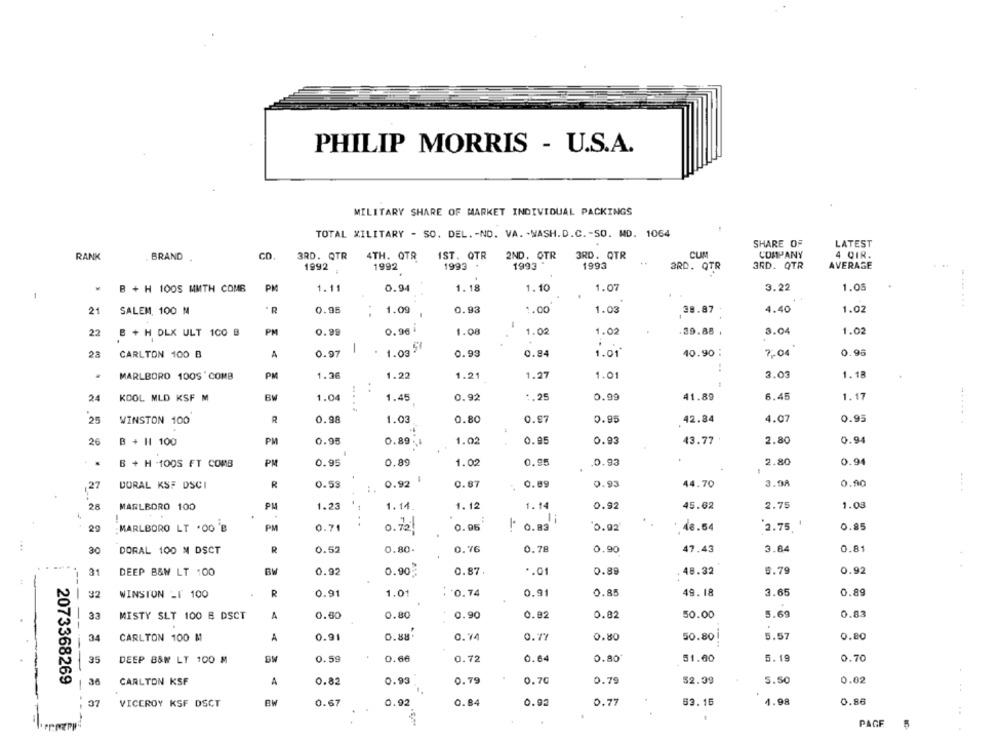
PHILIP MORRIS - U.S.A.
MILITARY SHARE OF MARKET INDIVIDUAL PACKINGS
TOTAL MILITARY - SO. DEL. - NO. VA. - WASH.D.C .- SO. MD. 1064
SHARE OF
LATEST
CUM
RANK
BRAND .
GD
3RD. QTR
4TH. QTR
IST. QTR
2ND. OTR
3RD. QTR
COMPANY
4 DIR.
1992
1993 +
1993
1993
3RD. QTR
3RD. QTR
AVERAGE
1992 ;
B + H 1005 MMTH COMB
PM
1.11
0.94
1.18
1.10
1.07
3.22
1.05
-
21
SALEM, 100 M
0.95
1.09
0.93
1.00
1.03
38.87
4.40
1.02
22
B + H DLX ULT 100 B
PM
0.99
0.96 i
1.08
1.02
1.02
.39.88 .
3.04
1.02
1.035
23
CARLTON 100 B
A
0.97 |
0.93
0.84
1.01
40.90 :
8.00
0.96
.
MARLBORO 100S'COMB
PM
1.36
1.22
1.21
1.27
1.01
3.03
1.18
24
KOOL MLD KSF M
1.04
1.45
0.92
:, 25
0.99
41.89
6.45
1.17
.....
......
25
WINSTON 100
R
0.98
1.03
0.80
0.97
0.95
42.84
4.07
0.95
26
B + H1 100
PM
0.95
0.89
1.02
0.95
0.93
43.77
2.80
0.94
0.93
B + H -100S FT COMB
PM
0.95
0.89
1.02
0.95
2.80
0.94
0.92
44.70
3.98
0.90
27
DORAL KSF DSCI
R
0.59
:.
0.87
0.89
0.93
28
PM
45.62
2.75
MARLBORO 100
1.23
1.14
1.12
1.14
0.92
1.08
20
PM
0.71
..
0.95
!' 0.83
0.92
. 46.54
2.75. '
0.85
MARLBORO LT .00 'B
0.72
30
DORAL 100 M DSCT
R
0.52
0.80.
0.76
0.78
0.90
47.43
3.84
0.81
31
DEEP B&W LT 100
BW
0.92
0.90
0.87
*. 01
0.89
48.32
6.79
0.92
32
WINSTON _F 100
R
0.91
1.01
: 0.74
0.91
0.85
49.18
3.65
0.89
33
MISTY SLT 100 B DSCT
A
0.60
0.80
0.90
0.92
0.82
50.00
5.69
0.83
34
CARLTON 100 M
A
0.91
0.88
0.74
0.77
0.80
50.80
5.57
0.80
35
DEEP B&W LT 100 M
0.59
0.66
0.72
0.64
0.80
51.60
5.19
0.70
---
2073368269
CARLTON KSF
A
0.82
0.93
0.79
0.70
0.79
52.39
5.50
0.02
-
37
VICEROY KSF DSCT
BW
0.67
0.92
0.84
0.92
0.77
63.16
4.98
0.86
PAGE